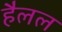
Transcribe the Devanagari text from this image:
हैलल